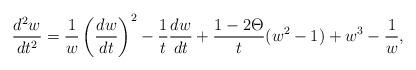
LaTeX: \begin{align*} \frac{d^2w}{dt^2}=\frac{1}{w}\left(\frac{d w}{dt}\right)^2-\frac{1}{t}\frac{d w}{dt}+\frac{1-2\Theta}{t}(w^2-1)+w^3-\frac{1}{w},\end{align*}